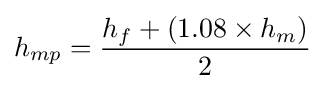
h_{mp}={\frac {h_{f}+(1.08\times h_{m})}{2}}